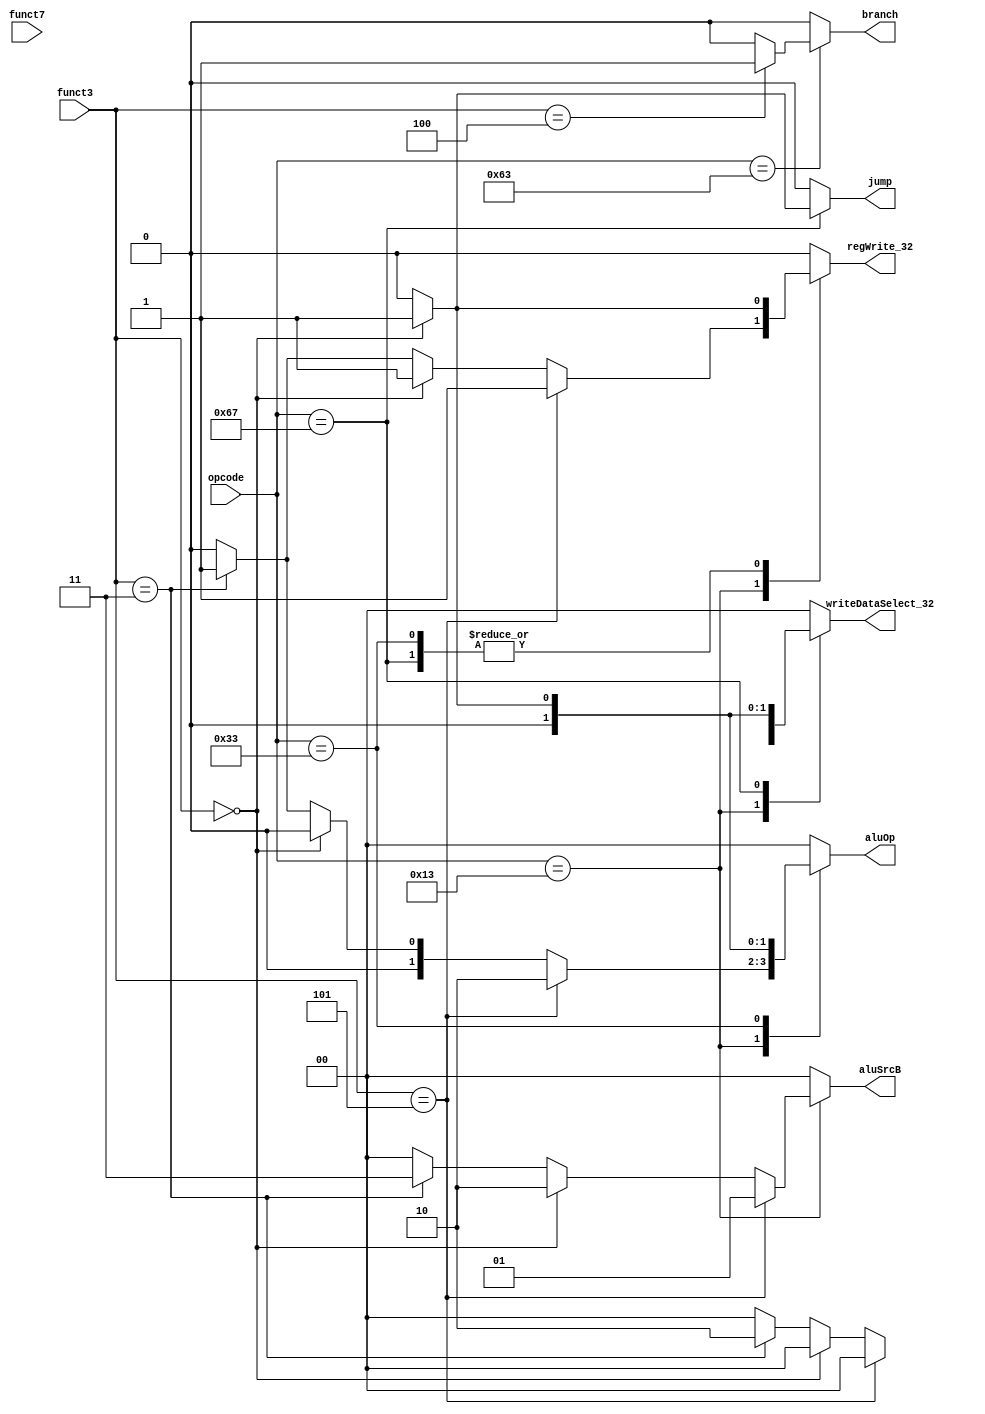
module control_circuit_32(input [6:0] opcode, input [2:0] funct3, input [6:0] funct7,
    output reg jump, output reg branch, output reg [1:0] aluSrcB, output reg [1:0] aluOp, output reg [1:0] writeDataSelect_32, output reg regWrite_32);

	
    always @(opcode or funct3)
        begin

            case(opcode)
                7'b0010011:
                    begin
                        if(funct3 == 3'b101)                    //srai
                            begin
                                jump = 1'b0;
                                branch = 1'b0;
                                aluSrcB = 2'b01;
                                aluOp = 2'b10;
                                writeDataSelect_32 = 2'b00;
                                regWrite_32 = 1'b1;
                            end
						
						else if(funct3 == 3'b000)                 //addi
                            begin
                                jump = 1'b0;
                                branch = 1'b0;
                                aluSrcB = 2'b10;
                                aluOp = 2'b00;
                                writeDataSelect_32 = 2'b00;
                                regWrite_32 = 1'b1;
							end
							
						else if(funct3 == 3'b011)                    //sltiu
                            begin
                                jump = 1'b0;
                                branch = 1'b0;
                                aluSrcB = 2'b11;
                                aluOp = 2'b01;
                                writeDataSelect_32 = 2'b10;
                                regWrite_32 = 1'b1;
                            end
						else
                            begin
                                jump = 1'b0;
                                branch = 1'b0;
                                aluSrcB = 2'b00;
                                aluOp = 2'b00;
                                writeDataSelect_32 = 2'b00;
                                regWrite_32 = 1'b0;
                            end
					end

                7'b0110011:
                    begin
                        if(funct3 == 3'b000)                    //sub
                            begin
                                jump = 1'b0;
                                branch = 1'b0;
                                aluSrcB = 2'b00;
                                aluOp = 2'b01;
                                writeDataSelect_32 = 2'b00;
                                regWrite_32 = 1'b1;
                            end
						else
                            begin
                                jump = 1'b0;
                                branch = 1'b0;
                                aluSrcB = 2'b00;
                                aluOp = 2'b00;
                                writeDataSelect_32 = 2'b00;
                                regWrite_32 = 1'b0;
                            end
                    end

                7'b1100111:
                    begin
                        if(funct3 == 3'b000)                    //jalr
                            begin
                                jump = 1'b1;
                                branch = 1'b0;
                                aluSrcB = 2'b00;
                                aluOp = 2'b00;
                                writeDataSelect_32 = 2'b01;
                                regWrite_32 = 1'b1;
                            end
						else
                            begin
                                jump = 1'b0;
                                branch = 1'b0;
                                aluSrcB = 2'b00;
                                aluOp = 2'b00;
                                writeDataSelect_32 = 2'b00;
                                regWrite_32 = 1'b0;
                            end
					end

                7'b1100011:
                    begin
                        if(funct3 == 3'b100)                    //blt
                            begin
                                jump = 1'b0;
                                branch = 1'b1;
                                aluSrcB = 2'b00;
                                aluOp = 2'b00;
                                writeDataSelect_32 = 2'b00;
                                regWrite_32 = 1'b0;
                            end
    					else
                            begin
                                jump = 1'b0;
                                branch = 1'b0;
                                aluSrcB = 2'b00;
                                aluOp = 2'b00;
                                writeDataSelect_32 = 2'b00;
                                regWrite_32 = 1'b0;
                            end     
					end
				default:    begin
                                jump = 1'b0;
                                branch = 1'b0;
                                aluSrcB = 2'b00;
                                aluOp = 2'b00;
                                writeDataSelect_32 = 2'b00;
                                regWrite_32 = 1'b0;
                            end
            endcase
        end

endmodule //control_circuit_32 ends



module control_circuit_16 (input [1:0] opcode, input [3:0] funct,
    output reg rs2_select_16, output reg memAdderSrcA, output reg memAdderSrcB, output reg regDest16_select,
    output reg memRead, output reg memWrite, output reg aluMemSelect, output reg regWrite_16);

    always @(opcode or funct)
		begin
			memWrite=1'b0;
            case(opcode)
                2'b10:
                    begin
                        if(funct == 4'b1000)                    //cmv
                            begin
                                rs2_select_16 = 1'b0;
                                memAdderSrcA = 1'b0;
                                memAdderSrcB = 1'b0;
                                regDest16_select = 1'b0;
                                memRead = 1'b0;
                                memWrite = 1'b0;
                                aluMemSelect = 1'b0;
                                regWrite_16 = 1'b1;
                            end
								else
									begin
                                rs2_select_16 = 1'b0;
                                memAdderSrcA = 1'b0;
                                memAdderSrcB = 1'b0;
                                regDest16_select = 1'b0;
                                memRead = 1'b0;
                                memWrite = 1'b0;
                                aluMemSelect = 1'b0;
                                regWrite_16 = 1'b0;
                            end
                    end

                2'b00:
                    begin
                        if(funct[3:1] == 3'b010)                    //clw
                            begin
                                rs2_select_16 = 1'b1;
                                memAdderSrcA = 1'b1;
                                memAdderSrcB = 1'b1;
                                regDest16_select = 1'b1;
                                memRead = 1'b1;
                                memWrite = 1'b0;
                                aluMemSelect = 1'b1;
                                regWrite_16 = 1'b1;
                            end
							
						else if(funct[3:1] == 3'b110)                    //csw
                            begin
                                rs2_select_16 = 1'b1;
                                memAdderSrcA = 1'b1;
                                memAdderSrcB = 1'b1;
                                regDest16_select = 1'b0;
                                memRead = 1'b0;
                                memWrite = 1'd1;
                                aluMemSelect = 1'b0;
                                regWrite_16 = 1'b0;
                            end
						else
							begin
                                rs2_select_16 = 1'b0;
                                memAdderSrcA = 1'b0;
                                memAdderSrcB = 1'b0;
                                regDest16_select = 1'b0;
                                memRead = 1'b0;
                                memWrite = 1'b0;
                                aluMemSelect = 1'b0;
                                regWrite_16 = 1'b0;
							end
                    end
			default: begin
                                rs2_select_16 = 1'b0;
                                memAdderSrcA = 1'b0;
                                memAdderSrcB = 1'b0;
                                regDest16_select = 1'b0;
                                memRead = 1'b0;
                                memWrite = 1'b0;
                                aluMemSelect = 1'b0;
                                regWrite_16 = 1'b0;
                   end
            endcase
        end

endmodule //control_circuit_16 ends